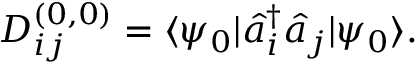
D _ { i j } ^ { ( 0 , 0 ) } = \langle \psi _ { 0 } | \hat { a } _ { i } ^ { \dagger } \hat { a } _ { j } | \psi _ { 0 } \rangle .